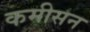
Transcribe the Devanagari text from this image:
कमीसन